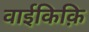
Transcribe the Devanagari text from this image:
वाईकिक़ि